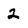
Character: 2